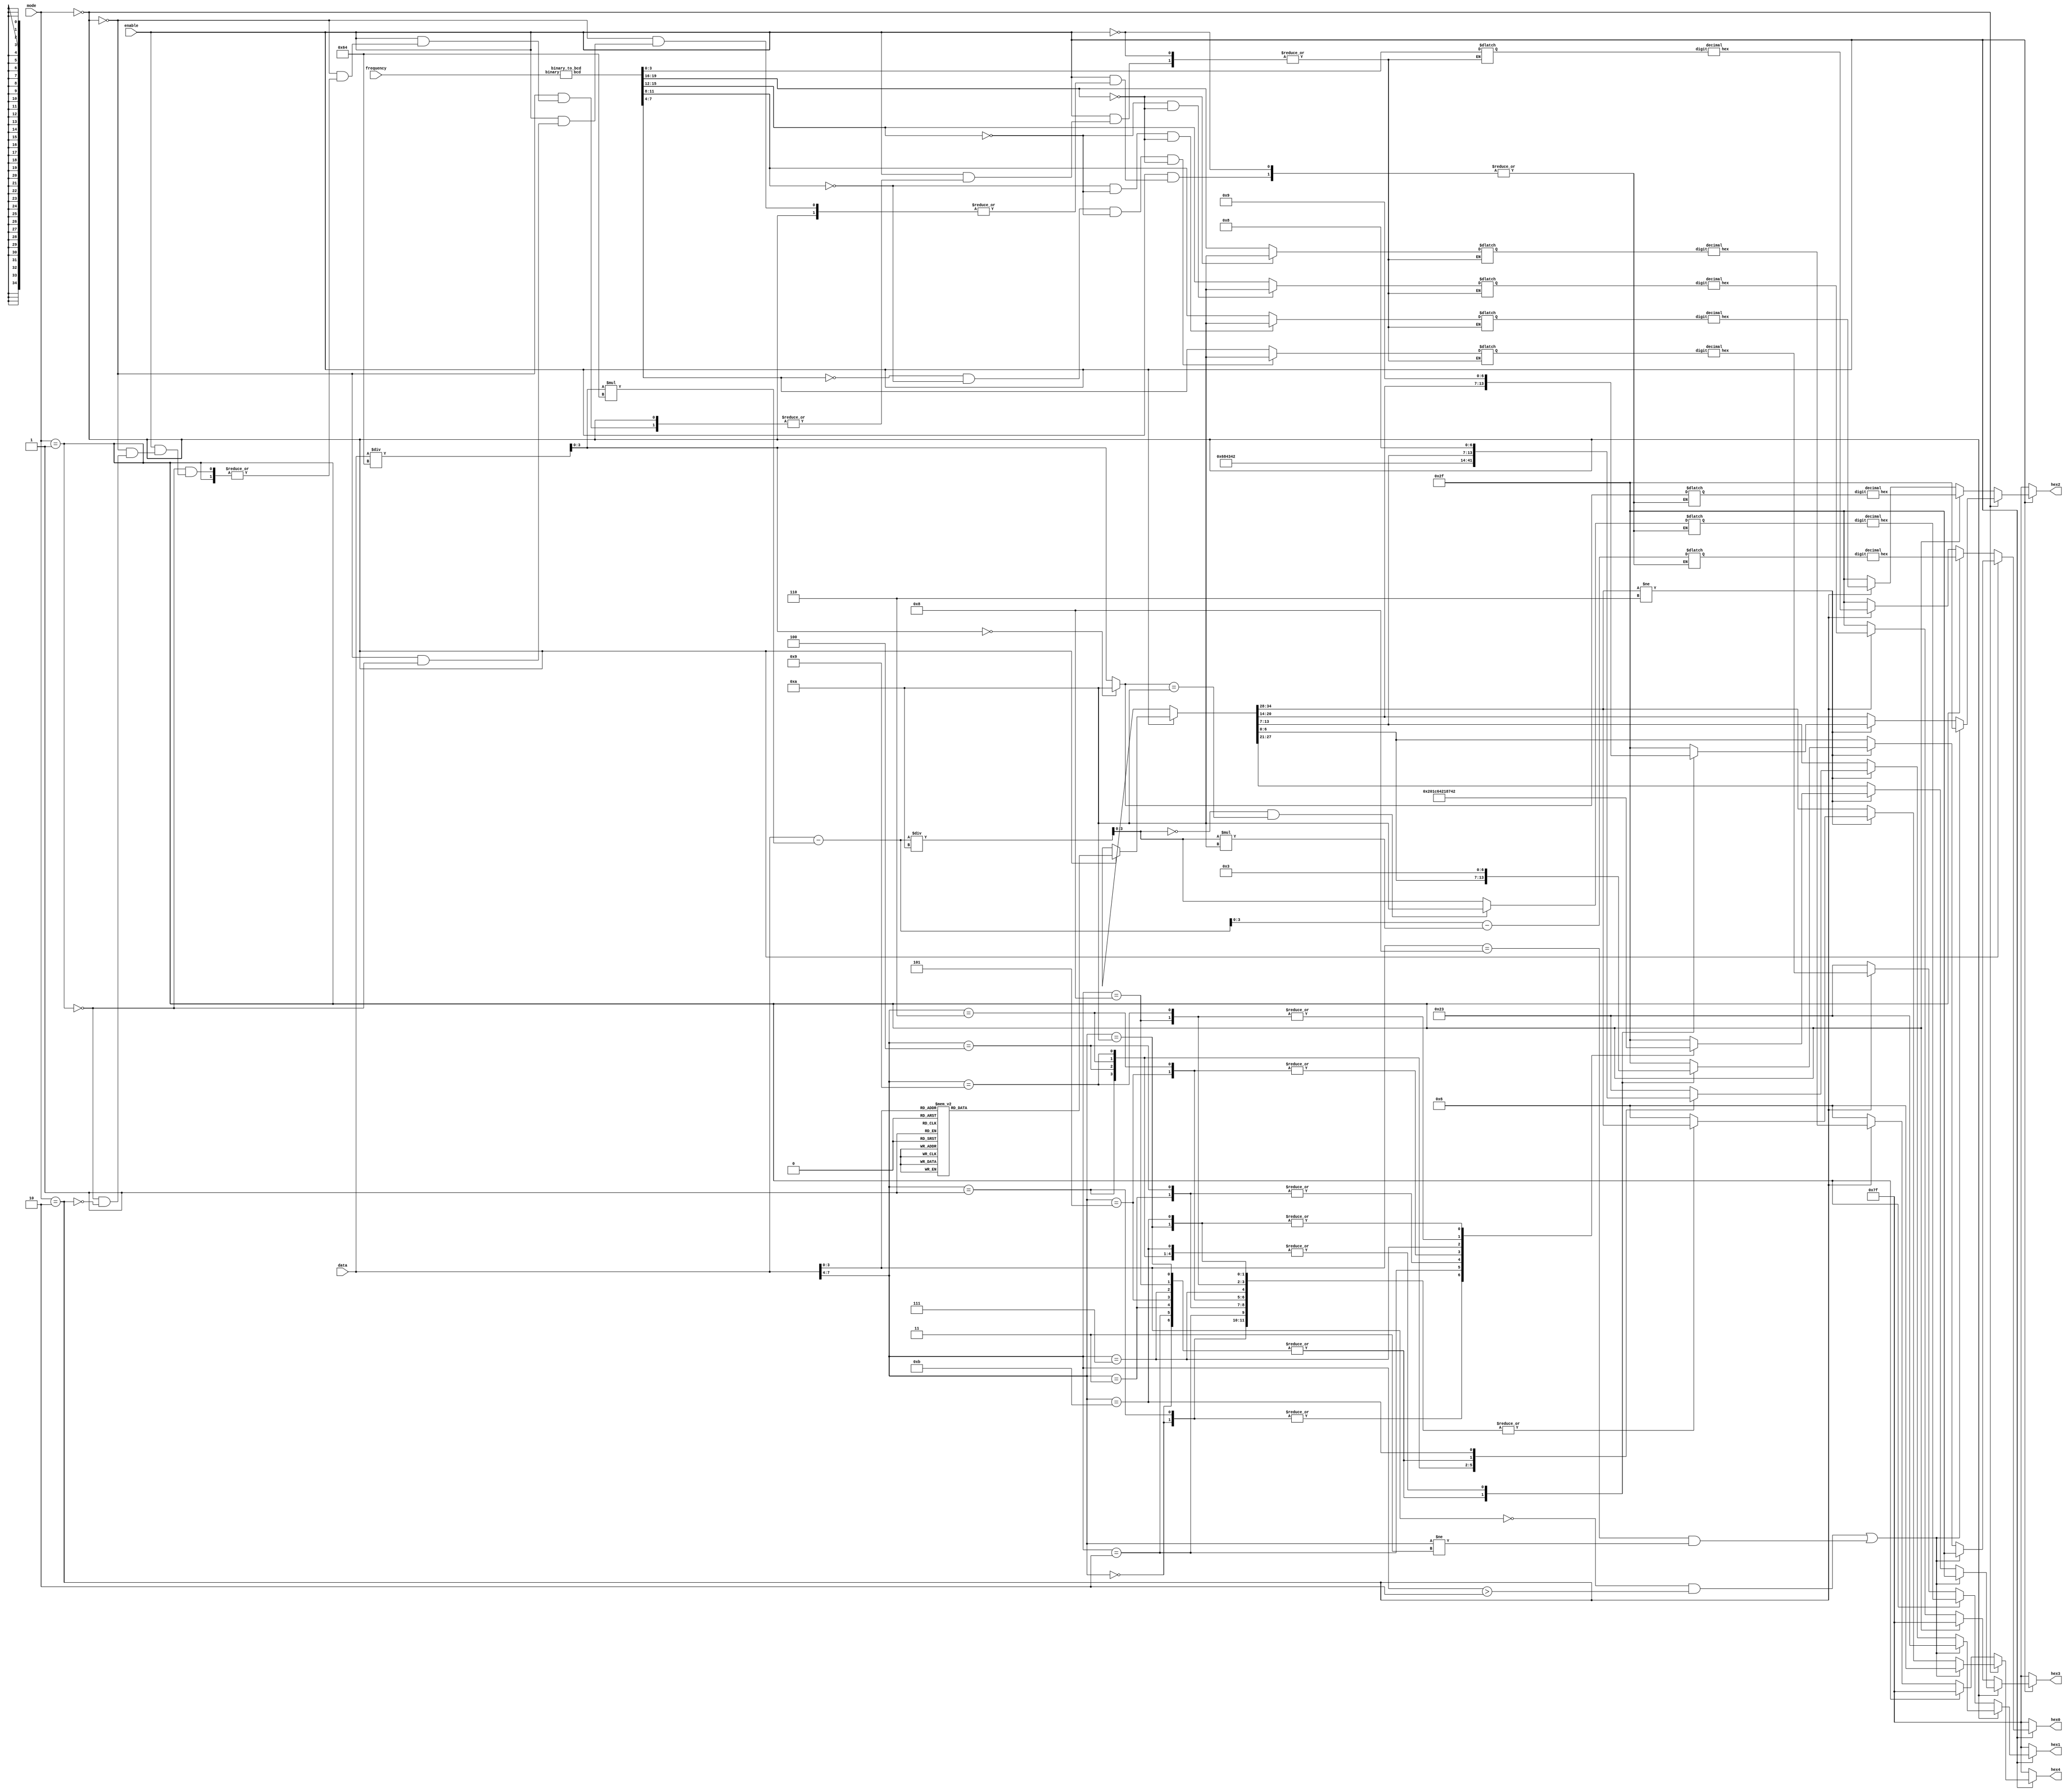
`ifndef SEVEN_SEGMENT
`define SEVEN_SEGMENT
`timescale 1ns / 1ns // `timescale time_unit/time_precision

// controls the hex displays
module seven_segment(
        input [8:0] data,
        input enable, 
        input [1:0] mode,
        input [15:0] frequency,
        output reg [6:0] hex0, hex1, hex2, hex3, hex4
    );
    
    // for tone generator
    wire [3:0] noteName;
    wire [3:0] octave;
    assign noteName = data[7:4];
    assign octave = data[3:0];
    
    // for metronome
    reg [3:0] digit_m0, digit_m1, digit_m2;  // three digits for bpm in decimal
    wire [6:0] hex_m0, hex_m1, hex_m2;  // wires for HEX outputs
    
    //convert the BPM value to output for the HEX
    decimal d2(digit_m2, hex_m2);
    decimal d1(digit_m1, hex_m1);
    decimal d0(digit_m0, hex_m0);
    
    // for tuner
    wire [19:0] frequency_bcd;
    reg [3:0] digit_t0, digit_t1, digit_t2, digit_t3, digit_t4;
    wire [6:0] hex_t0, hex_t1, hex_t2, hex_t3, hex_t4;  // wires for HEX outputs
    
    //convert the frequency binary/hexadecimal number to binary-encoded decimal number
    binary_to_bcd b0(
        .binary(frequency),
        .bcd(frequency_bcd)
    );
    
    //convert frequency value to output for the HEX
    decimal d3(digit_t4, hex_t4);
    decimal d4(digit_t3, hex_t3);
    decimal d5(digit_t2, hex_t2);
    decimal d6(digit_t1, hex_t1);
    decimal d7(digit_t0, hex_t0);
    
    always @* 
    begin
        // set to blank by default
        hex4 = 7'b1111111;
        hex3 = 7'b1111111;
        hex2 = 7'b1111111;
        hex1 = 7'b1111111;
        hex0 = 7'b1111111;
        
        if (enable == 1'b1)
        begin
            if (mode == 2'b00)  // tone generator
            begin
                // HEX4 shows the octave number
                case (octave)
                    4'b0000: hex4 = 7'b1000000;
                    4'b0001: hex4 = 7'b1111001;
                    4'b0010: hex4 = 7'b0100100;
                    4'b0011: hex4 = 7'b0110000;
                    4'b0100: hex4 = 7'b0011001;
                    4'b0101: hex4 = 7'b0010010;
                    4'b0110: hex4 = 7'b0000010;
                    4'b0111: hex4 = 7'b1111000;
                    4'b1000: hex4 = 7'b0000000;
                    default: begin
                        hex4 = 7'b0000110; //E
                        hex3 = 7'b0101111; //r
                        hex2 = 7'b0101111; //r
                        hex1 = 7'b0100011; //o
                        hex0 = 7'b0101111; //r
                    end
                endcase

                // whole tones: only HEX3 shows the note name
                // semitones: HEX3 shows the sharp note name, HEX2 shows "H", HEX1 shows the flat note name, HEX0 shows "b"
                if (hex4 != 7'b0000110)  // octave input was valid
                begin
                    case (noteName)
                        4'b0000: hex3 = 7'b0001000;  //A
                        4'b0001: begin //AH bb
                            hex3 = 7'b0001000;
                            hex2 = 7'b0001001;
                            hex1 = 7'b0000011;
                            hex0 = 7'b0000011;
                        end
                        4'b0010: hex3 = 7'b0000011;  //b
                        4'b0011: hex3 = 7'b1000110;  //C
                        4'b0100: begin //CH db
                            hex3 = 7'b1000110;
                            hex2 = 7'b0001001;
                            hex1 = 7'b0100001;
                            hex0 = 7'b0000011;
                        end
                        4'b0101: hex3 = 7'b0100001;  //d
                        4'b0110: begin  //dH Eb
                            hex3 = 7'b0100001;
                            hex2 = 7'b0001001;
                            hex1 = 7'b0000110;
                            hex0 = 7'b0000011;
                        end
                        4'b0111: hex3 = 7'b0000110;  //E
                        4'b1000: hex3 = 7'b0001110;  //F
                        4'b1001: begin  //FH Gb
                            hex3 = 7'b0001110;
                            hex2 = 7'b0001001;
                            hex1 = 7'b1000010;
                            hex0 = 7'b0000011;
                        end
                        4'b1010: hex3 = 7'b1000010;  //G
                        4'b1011: begin  //GH Ab
                            hex3 = 7'b1000010;
                            hex2 = 7'b0001001;
                            hex1 = 7'b0001000;
                            hex0 = 7'b0000011;
                        end
                        default: begin
                            hex4 = 7'b0000110;  //E
                            hex3 = 7'b0101111;  //r
                            hex2 = 7'b0101111;  //r
                            hex1 = 7'b0100011;  //o
                            hex0 = 7'b0101111;  //r
                        end
                    endcase
                end  // end valid octave if
                // corner cases for illegal octave/note combinations
                if (octave == 4'b0000 && noteName > 4'b0010 || octave == 4'b1000 && noteName != 4'b0011) 
                begin
                    hex4 = 7'b0000110; //E
                    hex3 = 7'b0101111; //r
                    hex2 = 7'b0101111; //r
                    hex1 = 7'b0100011; //o
                    hex0 = 7'b0101111; //r
                end
            end 
            else if (mode == 2'b01)  // metronome
            begin
                // convert from hexadecimal to decimal
                digit_m2 = data/9'h64;
                digit_m1 = (data - digit_m2*9'h64)/9'ha;
                digit_m0 = data - digit_m2*9'h64 - digit_m1*9'ha;
                
                // if the two most significant digits are 0, set them to blank
                digit_m2 = (digit_m2 == 0) ? 4'd10 : digit_m2;
                digit_m1 = (digit_m1 == 0 && digit_m2 == 4'd10) ? 4'd10 : digit_m1;
                
                // connect the HEX displays to the BPM decimal number display
                hex2 = hex_m2;
                hex1 = hex_m1;
                hex0 = hex_m0;
            end
            else if (mode == 2'b10)  // tuner
            begin
                // get the value of each digit of the frequency number
                digit_t4 = (frequency_bcd[19:16] == 0) ? 4'd10 : frequency_bcd[19:16];
                digit_t3 = (frequency_bcd[15:12] == 0 && frequency_bcd[19:16] == 0) ? 4'd10 : frequency_bcd[15:12];
                digit_t2 = (frequency_bcd[11:8] == 0 && frequency_bcd[15:12] == 0 && frequency_bcd[19:16] == 0) ? 4'd10 : frequency_bcd[11:8];
                digit_t1 = (frequency_bcd[7:4] == 0 && frequency_bcd[11:8] == 0 && frequency_bcd[15:12] == 0 && frequency_bcd[19:16] == 0) ? 4'd10 : frequency_bcd[7:4];
                digit_t0 = frequency_bcd[3:0];
                
                // connect the HEX displays to the frequency decimal number display
                hex4 = hex_t4;
                hex3 = hex_t3;
                hex2 = hex_t2;
                hex1 = hex_t1;
                hex0 = hex_t0;
            end
            else  // mode value is invalid (should never happen)
            begin
                hex4 = 7'b0000110; //E
                hex3 = 7'b0101111; //r
                hex2 = 7'b0101111; //r
                hex1 = 7'b0100011; //o
                hex0 = 7'b0101111; //r
            end
       end
    end  // end always
    
endmodule


// converts a binary number to a binary-encoded decimal number
module binary_to_bcd(
        input [15:0] binary,
        output reg [19:0] bcd
    );
    
    integer i;
    always @*
    begin
        bcd = 20'b0;
        for (i = 0; i < 16; i = i + 1)
        begin
            if (bcd[19:16] >= 3'd5)
                bcd[19:16] = bcd[19:16] + 3;
            if (bcd[15:12] >= 3'd5)
                bcd[15:12] = bcd[15:12] + 3;
            if (bcd[11:8] >= 3'd5)
                bcd[11:8] = bcd[11:8] + 3;
            if (bcd[7:4] >= 3'd5)
                bcd[7:4] = bcd[7:4] + 3;
            if (bcd[3:0] >= 3'd5)
                bcd[3:0] = bcd[3:0] + 3;
                
            bcd = bcd << 1;
            bcd[0] = binary[15 - i];
        end
    end
    
endmodule


// displays a decimal number on the hex display
module decimal(digit, hex);
    input [3:0] digit;
    output reg [6:0] hex;
    
    always @* 
    begin
        case (digit)
            4'd0: hex = 7'b1000000;
            4'd1: hex = 7'b1111001;
            4'd2: hex = 7'b0100100;
            4'd3: hex = 7'b0110000;
            4'd4: hex = 7'b0011001;
            4'd5: hex = 7'b0010010;
            4'd6: hex = 7'b0000010;
            4'd7: hex = 7'b1111000;
            4'd8: hex = 7'b0000000;
            4'd9: hex = 7'b0010000;
            default: hex = 7'b1111111;
        endcase
    end
endmodule


`endif